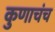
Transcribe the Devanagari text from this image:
कुणाचंच